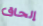
إلحاق